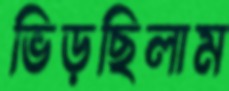
ভিড়ছিলাম